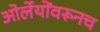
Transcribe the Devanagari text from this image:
ओर्लेयोंवरूनच